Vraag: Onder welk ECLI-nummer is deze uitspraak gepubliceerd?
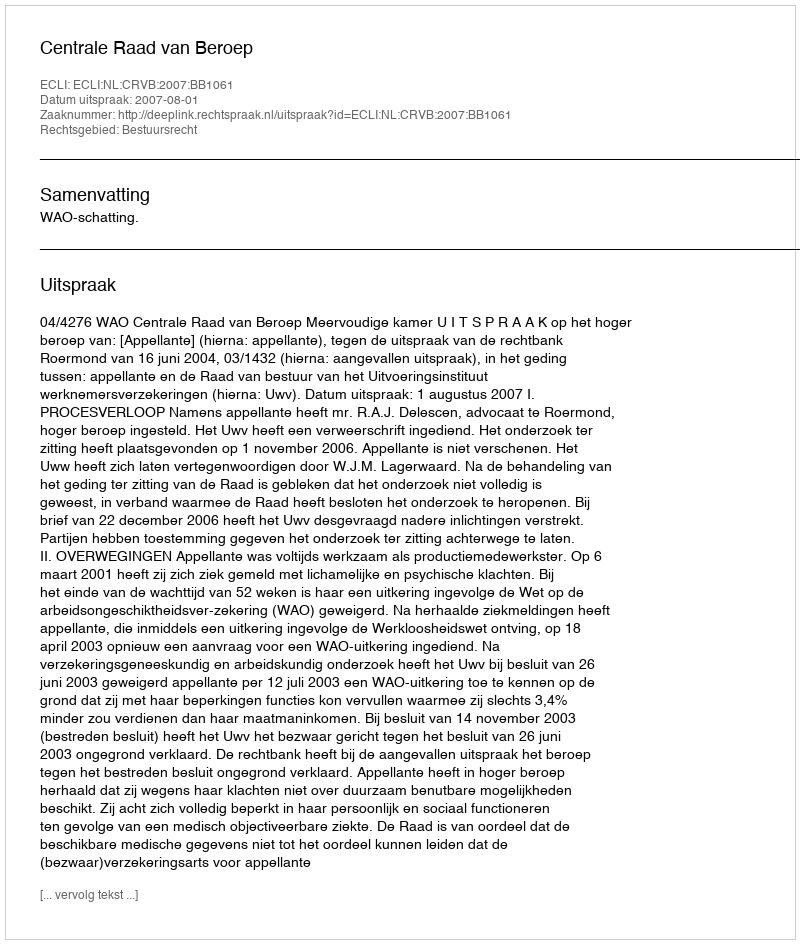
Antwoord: ECLI:NL:CRVB:2007:BB1061